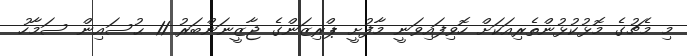
މި މެޗުގެ މޮޅުކުޅުންތެރިއަކަށް ހޮވިފައިވަނީ މާފުށީ ޕްރިޒަންގެ ޖާޒީނަންބަރު 11 ޙުސައިން ސަމާހު